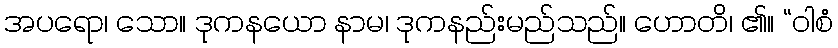
အပရော၊ သော။ ဒုကနယော နာမ၊ ဒုကနည်းမည်သည်။ ဟောတိ၊ ၏။ “ဝါစံ